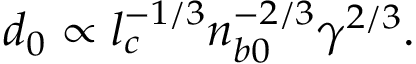
d _ { 0 } \propto l _ { c } ^ { - 1 / 3 } n _ { b 0 } ^ { - 2 / 3 } \gamma ^ { 2 / 3 } .